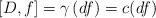
LaTeX: \begin{align*}\lbrack D,f]=\gamma \left( df\right) =c(df) \end{align*}